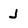
Character: J